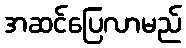
အဆင်ပြေလာမည်